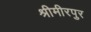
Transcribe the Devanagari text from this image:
श्रीमीरपुर